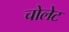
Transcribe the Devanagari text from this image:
चोलेट